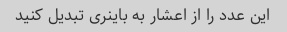
این عدد را از اعشار به باینری تبدیل کنید